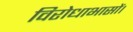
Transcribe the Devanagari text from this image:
विरोधाभासों।